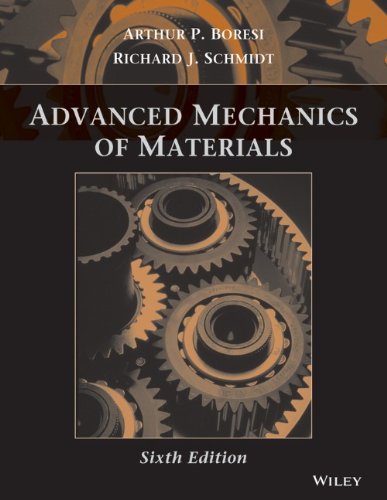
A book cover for Advanced Mechanics of Materials; Arthur P. Boresi; Science & Math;